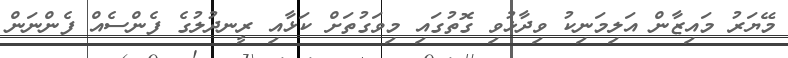
މޭޔަރު މައިޒާން އަލިމަނިކު ވިދާޅުވި ގޮތުގައި މިވަގުތަށް ކަޅާއި ރީނދުލުގެ ފެންސެއް ފެންނަން